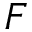
F